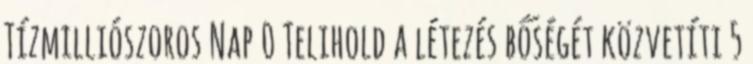
Tízmilliószoros Nap 0 Telihold a létezés bőségét közvetíti 5